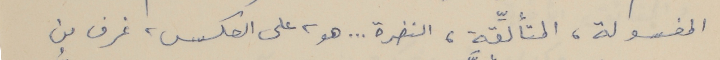
المغسولة، المتألِّقة، النضرة . . . هو، على العكس، غرف من